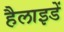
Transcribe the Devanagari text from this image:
हैलाइडें